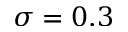
\sigma = 0 . 3